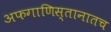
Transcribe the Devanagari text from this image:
अफगाणिस्तानातच